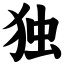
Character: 独